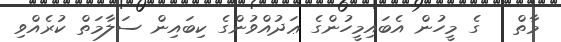
މާތް   ގެ މީހުން އެބައިމީހުންގެ ޢަދުއްވުންގެ ކިބައިން ސަލާމަތް ކުރެއްވި